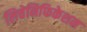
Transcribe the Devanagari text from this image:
लिचेनिफिकेशन